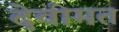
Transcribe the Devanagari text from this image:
देवीमत